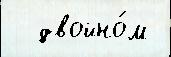
  двойно́м